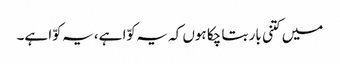
میں کتنی بار بتا چکا ہوں کہ یہ کوّا ہے، یہ کوّا ہے۔